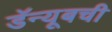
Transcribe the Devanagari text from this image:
डॅन्यूबची